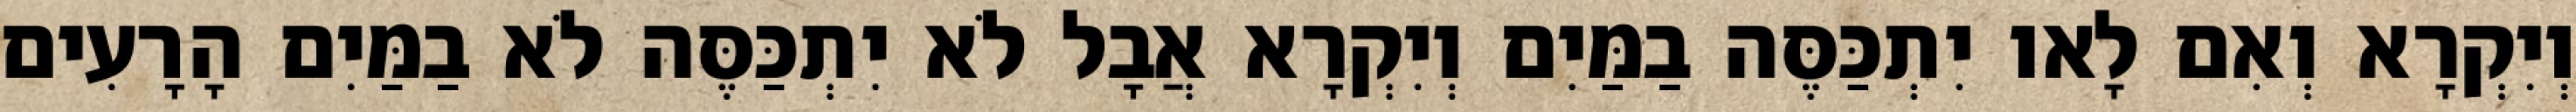
וְיִקְרָא וְאִם לָאו יִתְכַּסֶּה בַמַּיִם וְיִקְרָא אֲבָל לֹא יִתְכַּסֶּה לֹא בַמַּיִם הָרָעִים